Report of the Bombay Veterinary College
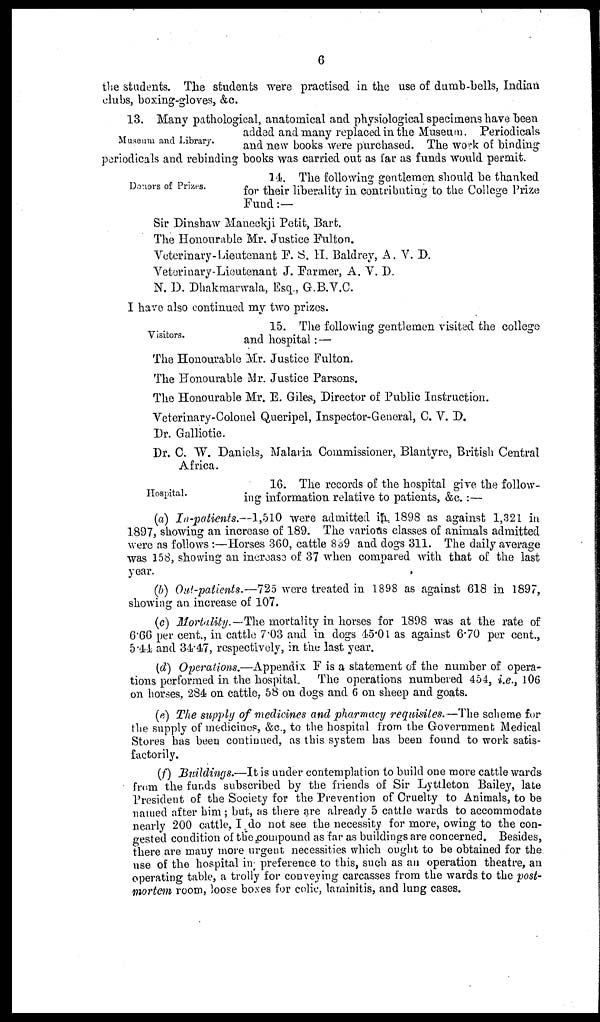
6
the students. The students were practised in the use of dumb-bells, Indian
clubs, boxing-gloves, &c.
Museum and Library.
13. Many pathological, anatomical and physiological specimens have been
added and many replaced in the Museum. Periodicals
and new books were purchased. The work of binding
periodicals and rebinding books was carried out as far as funds would permit.
Donors of Prizes.
14. The following gentlemen should be thanked
for their liberality in contributing to the College Prize
Fund :—
Sir Dinshaw Maneckji Petit, Bart.
The Honourable Mr. Justice Fulton.
Veterinary-Lieutenant F. S. H. Baldrey, A. V. D.
Veterinary-Lieutenant J. Farmer, A. V. D.
N. D. Dhakmarwala, Esq., G.B.V.C.
I have also continued my two prizes.
Visitors.
15. The following gentlemen visited the college
and hospital:—
The Honourable Mr. Justice Fulton.
The Honourable Mr. Justice Parsons.
The Honourable Mr. E. Giles, Director of Public Instruction.
Veterinary-Colonel Queripel, Inspector-General, C. V. D.
Dr. Galliotie.
Dr. C. W. Daniels, Malaria Commissioner, Blantyre, British Central
Africa.
Hospital.
16. The records of the hospital give the follow-
ing information relative to patients, &c. :—
(a) In-patients.—1,510 were admitted in 1898 as against 1,321 in
1897, showing an increase of 189. The various classes of animals admitted
were as follows:—Horses 360, cattle 839 and dogs 311. The daily average
was 158, showing an increase of 37 when compared with that of the last
year.
(b) Out-patients.—725 were treated in 1898 as against 618 in 1897,
showing an increase of 107.
(c) Mortality.—The mortality in horses for 1898 was at the rate of
6.66 per cent., in cattle 7.03 and in dogs 45.01 as against 6.70 per cent.,
5.44 and 34.47, respectively, in the last year.
(d) Operations.—Appendix F is a statement of the number of opera-
tions performed in the hospital. The operations numbered 454, i.e., 106
on horses, 284 on cattle, 58 on dogs and 6 on sheep and goats.
(e) The supply of medicines and pharmacy requisites.—The scheme for
the supply of medicines, &c., to the hospital from the Government Medical
Stores has been continued, as this system has been found to work satis-
factorily.
(f) Buildings.—It is under contemplation to build one more cattle wards
from the funds subscribed by the friends of Sir Lyttleton Bailey, late
President of the Society for the Prevention of Cruelty to Animals, to be
named after him; but, as there are already 5 cattle wards to accommodate
nearly 200 cattle, I do not see the necessity for more, owing to the con-
gested condition of the compound as far as buildings are concerned. Besides,
there are many more urgent necessities which ought to be obtained for the
use of the hospital in preference to this, such as an operation theatre, an
operating table, a trolly for conveying carcasses from the wards to the post-
mortem room, loose boxes for colic, laminitis, and lung cases.